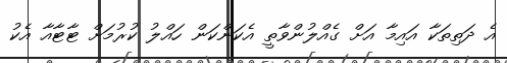
އެ ދަތިތަކާ އައިމާ އަށް ގެއްލުންވާތީ އެކަންކަން ހައްލު ކުރުމަށް ޓާޓާއާ އެކު